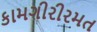
કામગીરીરમત